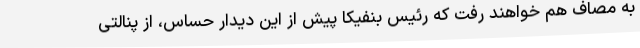
به مصاف هم خواهند رفت که رئیس بنفیکا پیش از این دیدار حساس، از پنالتی